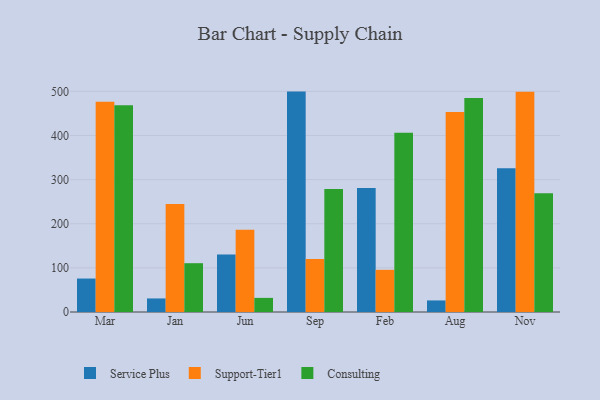
{"axis": {"x": "Month", "y": "Gross Profit (USD K)"}, "legend": ["Consulting", "Service Plus", "Support-Tier1"], "data": [{"x": "Mar", "y": 75.8, "type": "Service Plus"}, {"x": "Mar", "y": 476.3, "type": "Support-Tier1"}, {"x": "Mar", "y": 468.2, "type": "Consulting"}, {"x": "Jan", "y": 30.7, "type": "Service Plus"}, {"x": "Jan", "y": 244.5, "type": "Support-Tier1"}, {"x": "Jan", "y": 110.6, "type": "Consulting"}, {"x": "Jun", "y": 130.5, "type": "Service Plus"}, {"x": "Jun", "y": 186.2, "type": "Support-Tier1"}, {"x": "Jun", "y": 32.0, "type": "Consulting"}, {"x": "Sep", "y": 499.4, "type": "Service Plus"}, {"x": "Sep", "y": 120.2, "type": "Support-Tier1"}, {"x": "Sep", "y": 278.6, "type": "Consulting"}, {"x": "Feb", "y": 280.8, "type": "Service Plus"}, {"x": "Feb", "y": 95.6, "type": "Support-Tier1"}, {"x": "Feb", "y": 406.2, "type": "Consulting"}, {"x": "Aug", "y": 26.2, "type": "Service Plus"}, {"x": "Aug", "y": 453.0, "type": "Support-Tier1"}, {"x": "Aug", "y": 484.9, "type": "Consulting"}, {"x": "Nov", "y": 325.7, "type": "Service Plus"}, {"x": "Nov", "y": 499.2, "type": "Support-Tier1"}, {"x": "Nov", "y": 269.1, "type": "Consulting"}]}